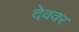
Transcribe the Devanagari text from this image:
देववर